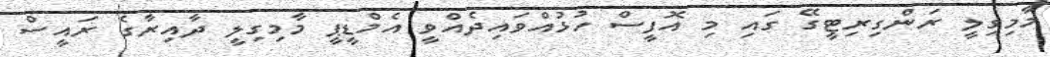
މާމިގިލީ ރަންގިރިޓީގޭ ގައި މި އޮފީސް ހުޅުއްވައިދެއްވީ އެމްޑީޕީ މާމިގިލީ ދާއިރާގެ ރައީސް